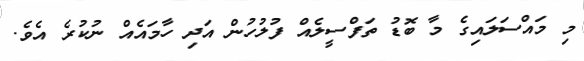
މި މައްސަލައިގެ މާ ބޮޑު ތަފްސީލެއް ފުލުހުން އަދި ހާމައެއް ނުކުރެ އެވެ.